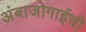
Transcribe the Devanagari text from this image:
अंबाजोगाईची